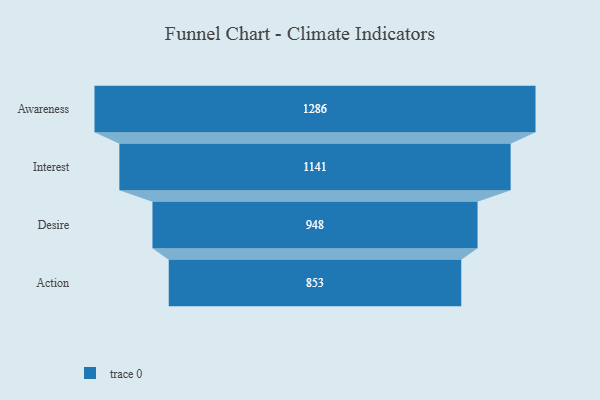
{"axis": {"x": "Stage", "y": "Value"}, "legend": [""], "data": [{"x": "Awareness", "y": 1286.0, "type": ""}, {"x": "Interest", "y": 1141.0, "type": ""}, {"x": "Desire", "y": 948.0, "type": ""}, {"x": "Action", "y": 853.0, "type": ""}]}